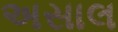
અસાલ